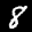
Label: 8